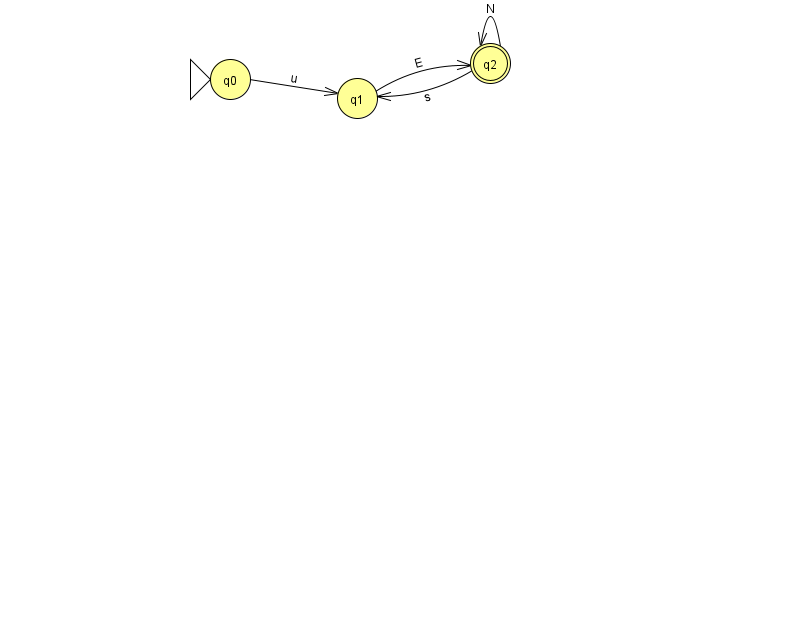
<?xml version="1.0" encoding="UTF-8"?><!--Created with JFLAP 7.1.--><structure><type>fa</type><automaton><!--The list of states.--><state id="0" name="q0"><x>230.0</x><y>66.0</y><initial/></state><state id="1" name="q1"><x>357.0</x><y>85.0</y></state><state id="2" name="q2"><x>490.0</x><y>50.0</y><final/></state><!--The list of transitions.--><transition><from>0</from><to>1</to><read>u</read></transition><transition><from>1</from><to>2</to><read>E</read></transition><transition><from>2</from><to>1</to><read>s</read></transition><transition><from>2</from><to>2</to><read>N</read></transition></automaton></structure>